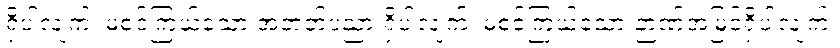
ရှိပါလျက်၊ မစင်ကြယ်သော အတတ်ပညာ ရှိပါလျက်၊ မစင်ကြယ်သော ဉာဏ်အမြင်ရှိပါလျက်၊